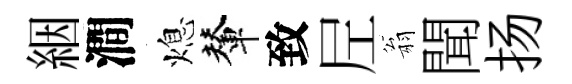
絪澗熄輦致𡰱翁聞扬